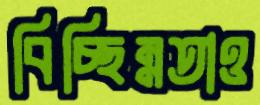
বিচ্ছিন্নতাও